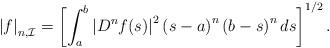
LaTeX: \begin{align*} \left| f \right|_{n,\mathcal{I}} = \left[\int_{a}^{b}\left| D^{n} f(s) \right|^{2}\left( s-a \right)^{n}\left( b-s \right)^{n}ds\right]^{1/2} .\end{align*}